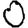
Digit: 0